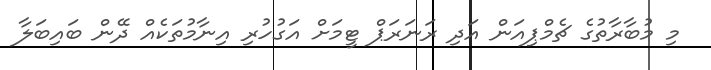
މި މުބާރާތުގެ ޗެމްޕިއަން އަދި ރަނަރަޕް ޓީމަށް އަގުހުރި އިނާމުތަކެއް ދޭން ބައިބަލާ